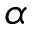
\alpha